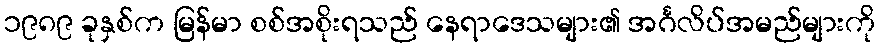
၁၉၈၉ ခုနှစ်က မြန်မာ စစ်အစိုးရသည် နေရာဒေသများ၏ အင်္ဂလိပ်အမည်များကို